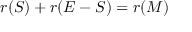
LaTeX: r ( S ) + r ( E - S ) = r ( M )